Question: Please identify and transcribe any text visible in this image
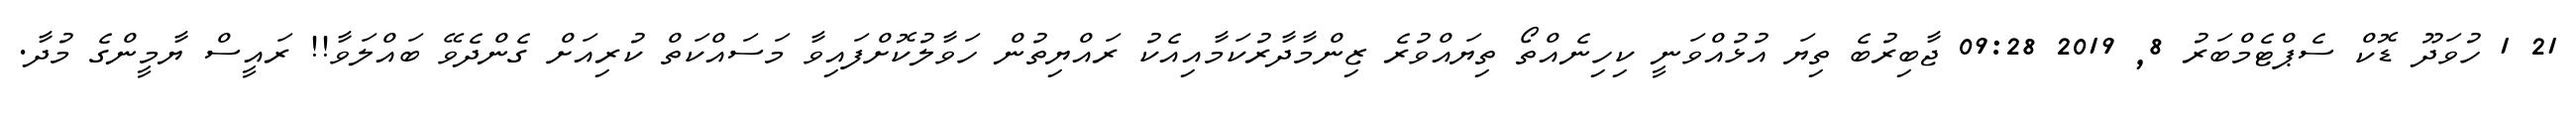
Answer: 21 1 ހުވަދޫ ޑޮކް ސެޕްޓެމްބަރު 8, 2019 09:28 ޖާބިރުބެ ތިޔަ އުޅުއްވަނީ ކިހިނެއްތޯ ތިޔައްވުރެ ޒިންމާދާރުކަމާއިއެކު ރައްޔިތުން ހަވާލުކޮށްފައިވާ މަސައްކަތް ކުރިއަށް ގެންދެވޭ ބައްލަވާ!! ރައީސް ޔާމީންގެ މުދާ.